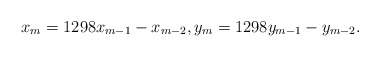
\begin{align*} x_{m} = 1298 x_{m-1} - x_{m-2}, y_{m} = 1298 y_{m-1} - y_{m-2}.\end{align*}